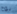
نوح